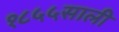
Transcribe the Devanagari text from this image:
१८५५साली